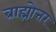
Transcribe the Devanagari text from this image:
ब्राह्मोत्तर